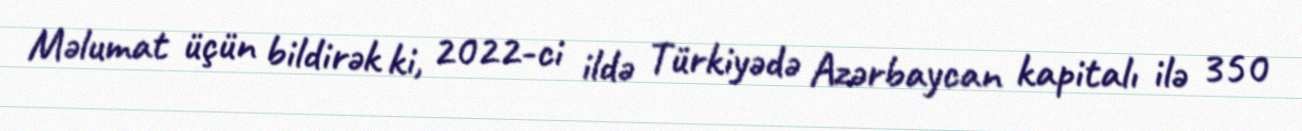
Məlumat üçün bildirək ki, 2022-ci ildə Türkiyədə Azərbaycan kapitalı ilə 350